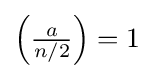
\left({\tfrac {a}{n/2}}\right)=1